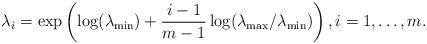
LaTeX: \begin{align*}\lambda_i=\exp\left(\log(\lambda_{\min})+\frac{i-1}{m-1}\log(\lambda_{\max}/\lambda_{\min})\right),i=1,\dots,m.\end{align*}